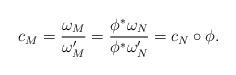
LaTeX: \begin{align*}c_M = \frac{\omega_M}{\omega_M'} = \frac{\phi^* \omega_N}{\phi^* \omega_N'} = c_N \circ \phi.\end{align*}